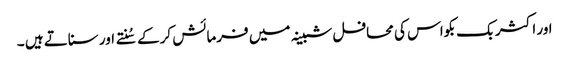
اور اکثر بک بکواس کی محافل شبینہ میں فرمائش کرکے سُنتے اور سناتے ہیں ۔